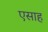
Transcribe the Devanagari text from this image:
एसाह